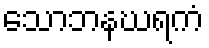
သောဘနဃရကံ